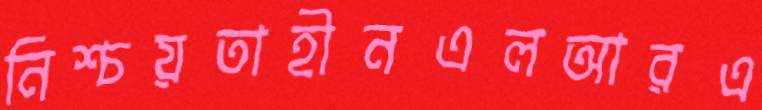
নিশ্চয়তাহীনএলআরএ